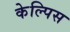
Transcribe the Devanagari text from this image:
केल्पिस